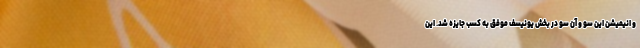
و انیمیشن این سو و آن سو در بخش یونیسف موفق به کسب جایزه شد. این